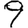
Digit: 9